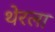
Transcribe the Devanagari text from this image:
थेरला